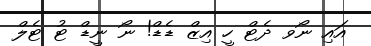
އައި ނޯވ ދެޓް ހީ އިޒް ޑެޑް! ނޯ ނީޑް ޓު ޓެލް